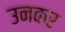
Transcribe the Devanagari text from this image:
उनकर